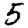
Digit: 5